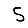
Digit: 5